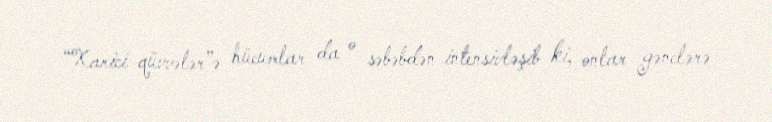
“Xarici qüvvələr”ə hücumlar da o səbəbdən intensivləşib ki, onlar gənclərə